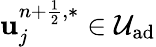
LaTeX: \mathbf{u}_{j}^{n+\frac{{1}}{{2}},\ast}\in\mathcal{{U}}_{\textrm{{ad}}}